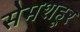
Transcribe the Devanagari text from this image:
सेमशहूर